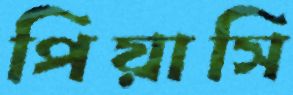
পিয়াসি